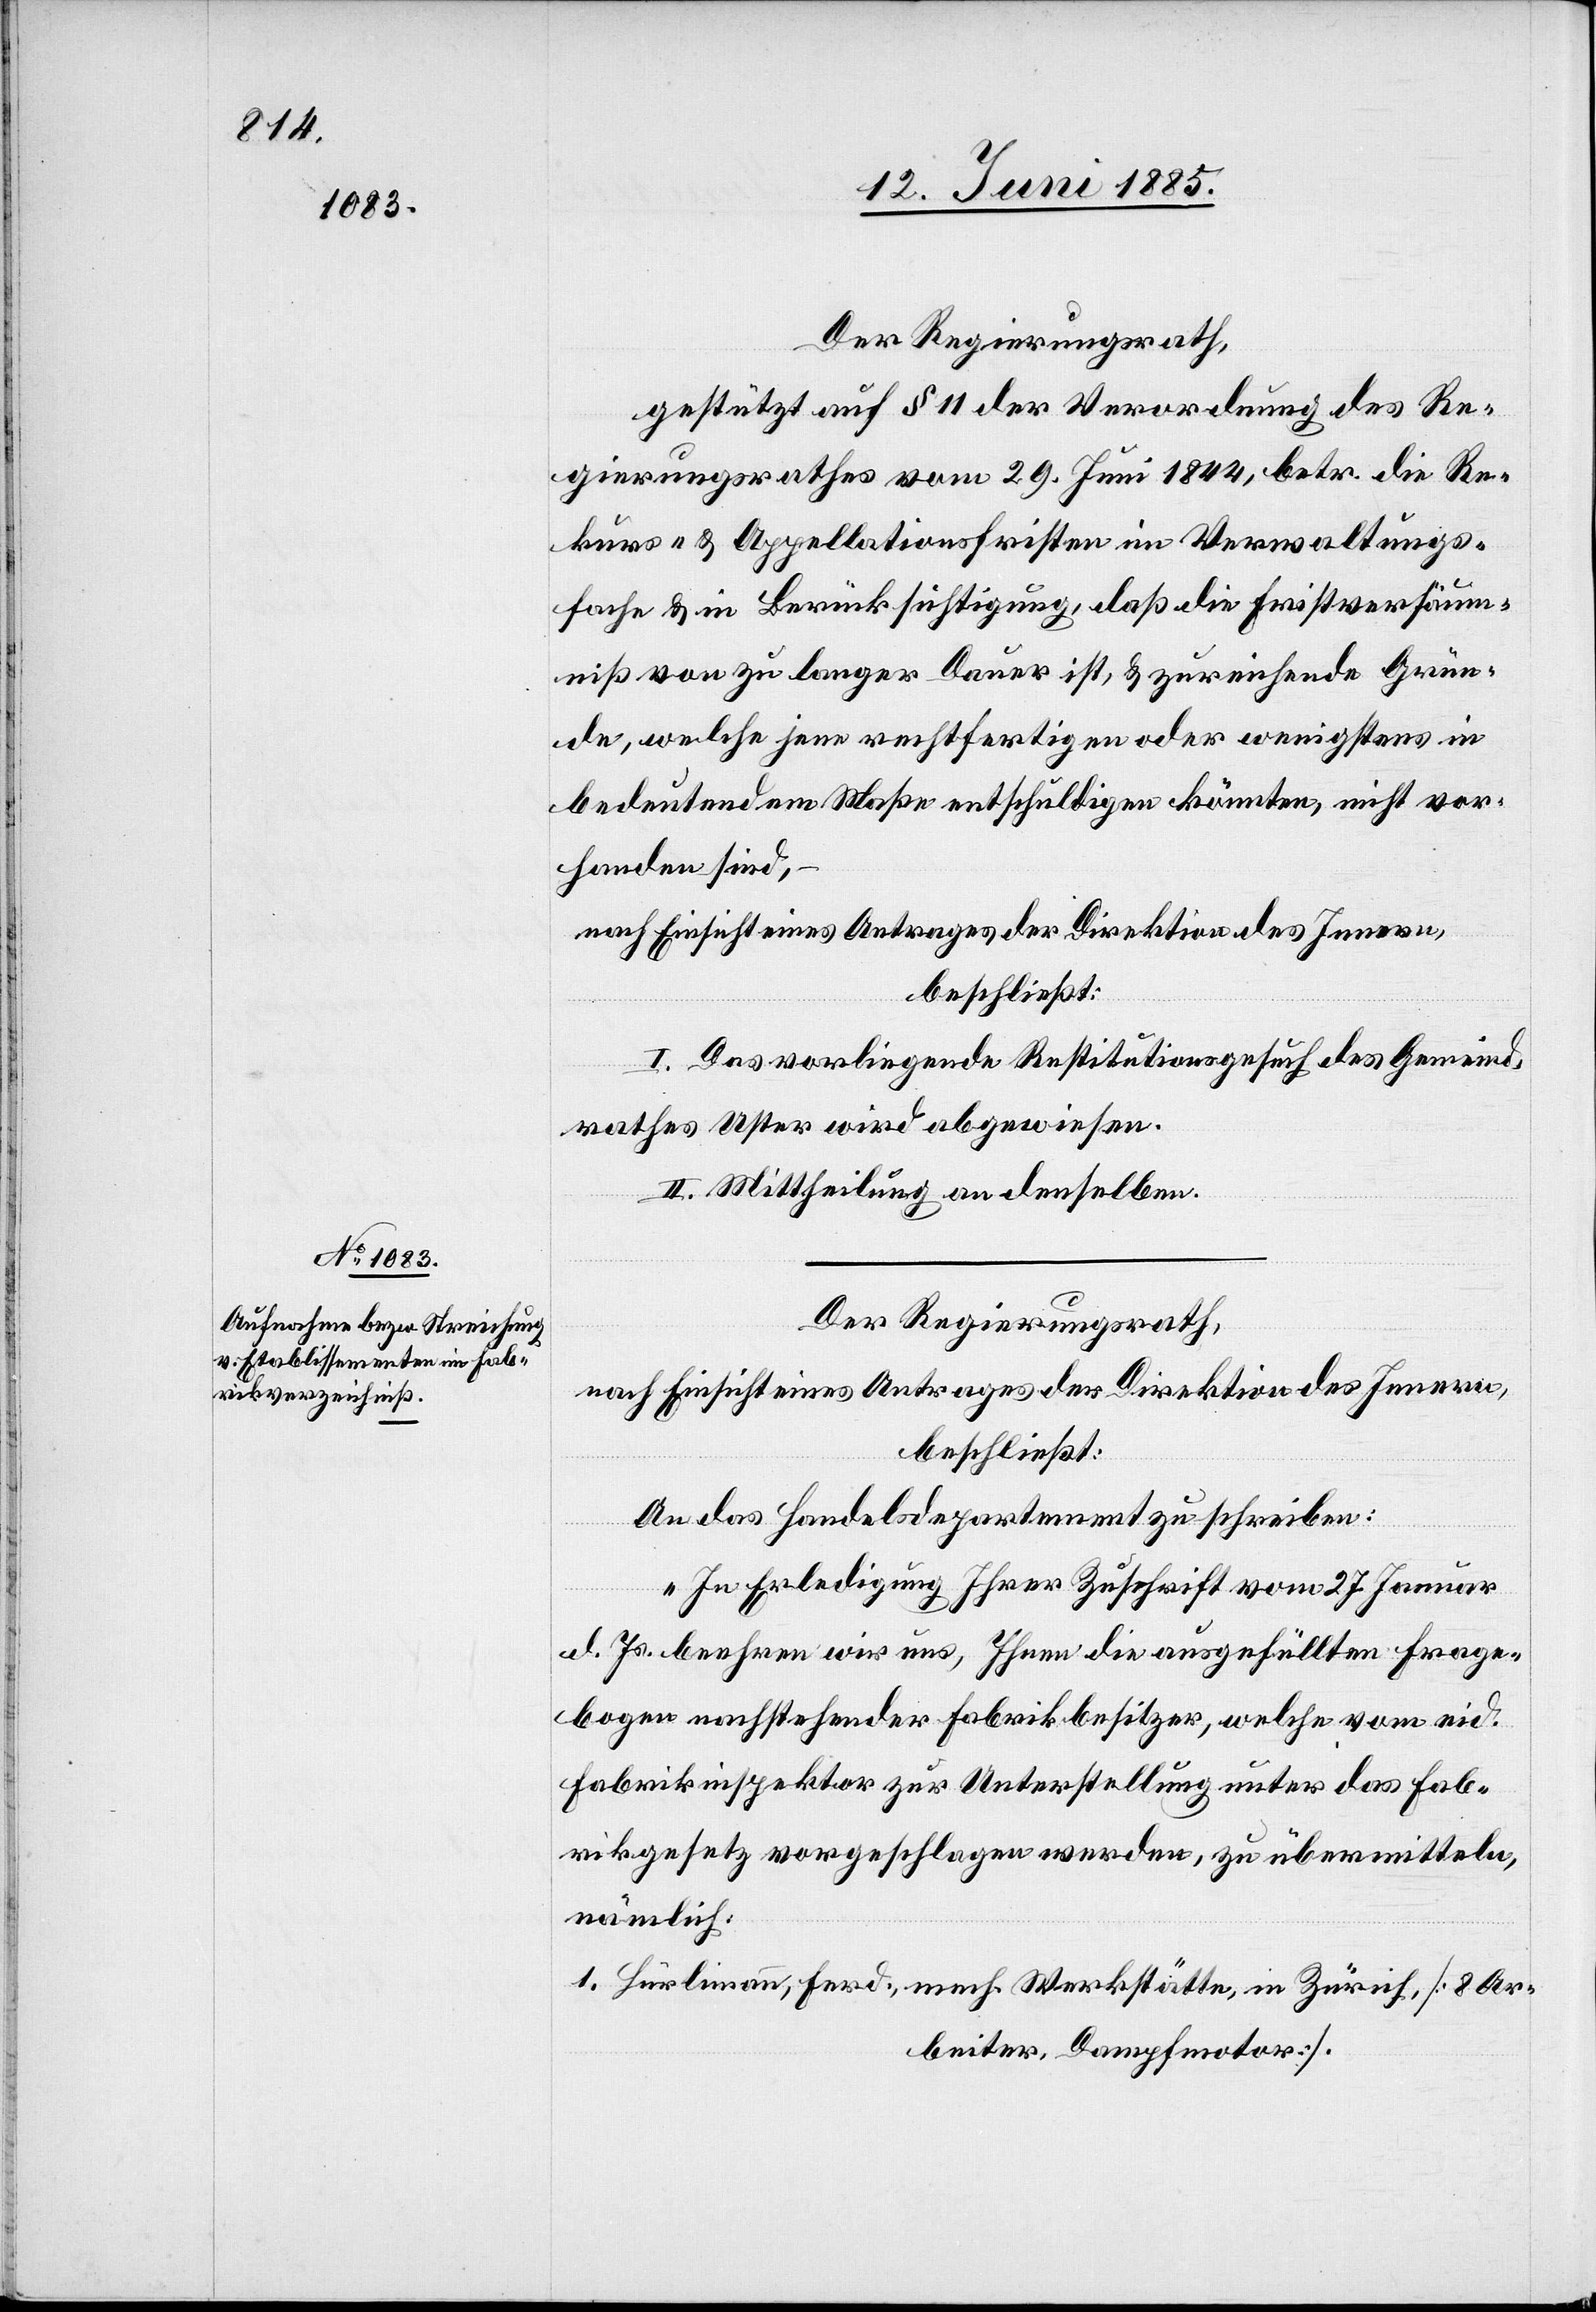
Der Regierungsrath,
gestützt auf § 11 der Verordnung des Re¬
gierungsrathes vom 29. Juni 1844, betr. die Re¬
kurs- & Appellationsfristen im Verwaltungs¬
fache & in Berücksichtigung, daß die Fristversäum¬
niß von zu langer Dauer ist, & zureichende Grün¬
de, welche jene rechtfertigen oder wenigstens in
bedeutendem Maße entschuldigen könnten, nicht vor¬
handen sind,
nach Einsicht eines Antrages der Direktion des Innern,
beschließt:
I. Das vorliegende Restitutionsgesuch des Gemeind¬
rathes Uster wird abgewiesen.
II. Mittheilung an denselben.
Der Regierungsrath.
nach Einsicht eines Antrages der Direktion des Innern,
beschließt:
An das Handelsdepartement zu schreiben:
„In Erledigung Ihrer Zuschrift vom 27. Januar
d. Js. beehren wir uns, Ihnen die ausgefüllten Frage¬
bogen nachstehender Fabrikbesitzer, welche vom eid.
Fabrikinspektor zur Unterstellung unter das Fab¬
rikgesetz vorgeschlagen werden, zu übermitteln,
nämlich:
Hürlimann, Ferd., mech. Werkstätten, in Zürich, [8 Ar¬
beiter, Dampfmotor].